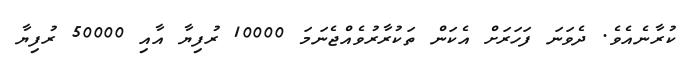
ކުރާނެއެވެ. ދެވަނަ ފަހަރަށް އެކަން ތަކުރާރުވެއްޖެނަމަ 10000 ރުފިޔާ އާއި 50000 ރުފިޔާ